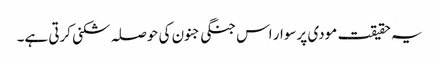
یہ حقیقت مودی پرسوار اس جنگی جنون کی حوصلہ شکنی کرتی ہے۔